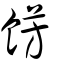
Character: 餝